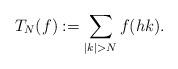
LaTeX: \begin{align*}T_N(f):=\sum_{|k|>N} f(hk).\end{align*}